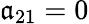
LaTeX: \mathfrak{a}_{21}=0